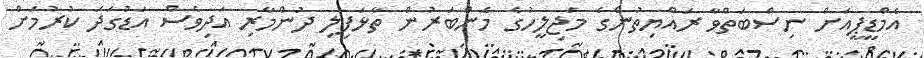
އެމްޑީޕީއަށް ނިސްބަތްވާ ރައްޔިތުންގެ މަޖިލީހުގެ މެންބަރުން ތާޅަފިލި ދުންމާރި އަދިވެސް އަޑުގަދަ ކުރުމަށް